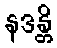
နဒန္တိ